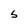
Character: S